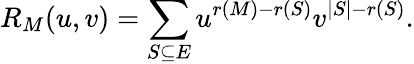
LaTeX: R_{M}(u,v)=\sum_{S\subseteq E}u^{r(M)-r(S)}v^{|S|-r(S)}.